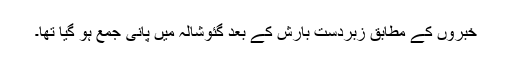
خبروں کے مطابق زبردست بارش کے بعد گئوشالہ میں پانی جمع ہو گیا تھا۔